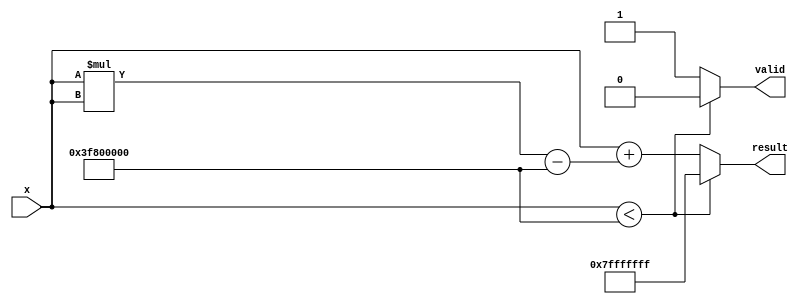
module acosh(
    input  wire [31:0] x,        // input data (fixed-point, 32-bits)
    output reg  [31:0] result,   // output data (fixed-point, 32-bits)
    output reg        valid       // valid signal to indicate the output is ready
);

    // Local parameters for fixed-point representation
    localparam EXPONENT_WIDTH = 8;
    localparam MANTISSA_WIDTH = 23;
    localparam FRAC_BITS = 16;   // Assume we are working with Q1.16 fixed-point.

    // Internal wires and registers
    wire [31:0] x_squared, x_sqrt, x_sqrt_minus_1, ln_result;
    wire [31:0] v_x, v_x_plus_sqrt;

    // Error output for inputs less than 1
    always @(*) begin
        valid = 1'b1; // Default valid signal
        if (x < 32'h3f800000) begin // 1 in single-precision (Q1.16 format)
            result = 32'h7FFFFFFF; // Output NaN or error value
            valid = 1'b0; // Not valid when input is invalid
        end
        else begin
            // Calculation
            x_squared = x * x; // Calculate x^2
            x_sqrt_minus_1 = x_squared - 32'h3F800000; // x^2 - 1

            // Calculate sqrt(x^2 - 1) using a placeholder sqrt function
            x_sqrt = sqrt(x_sqrt_minus_1); // Implement or instantiate sqrt

            v_x_plus_sqrt = x + x_sqrt; // x + sqrt(x^2 - 1)

            // Compute ln(x + sqrt(x^2 - 1))
            ln_result = ln(v_x_plus_sqrt); // Implement or instantiate ln

            result = ln_result; // Final result
        end
    end

    // Placeholder for square root function
    function [31:0] sqrt(input [31:0] value);
        // Here you can use an IP core or an algorithm for square root calculation
        // For now, we provide a simple iteration or approximation method.
        // In practice, instantiate a hardware square root block.
        sqrt = value; // Placeholder
    endfunction

    // Placeholder for natural logarithm function
    function [31:0] ln(input [31:0] value);
        // Similar to sqrt, implement a logarithm calculation or instantiate an IP core
        // In practice, this would be calculated via iterative approximation.
        ln = value; // Placeholder
    endfunction

endmodule